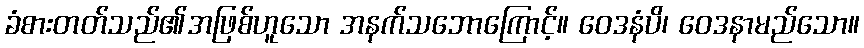
ခံစားတတ်သည်၏အဖြစ်ဟူသော အနက်သဘောကြောင့်။ ဝေဒနံပိ၊ ဝေဒနာမည်သော။